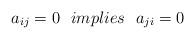
LaTeX: \begin{align*}a_{ij} = 0 \:\:\: implies \:\:\: a_{ji} = 0\end{align*}